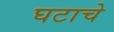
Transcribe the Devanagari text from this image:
घटाचे